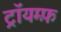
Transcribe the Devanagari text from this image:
ट्रॉयम्फ़